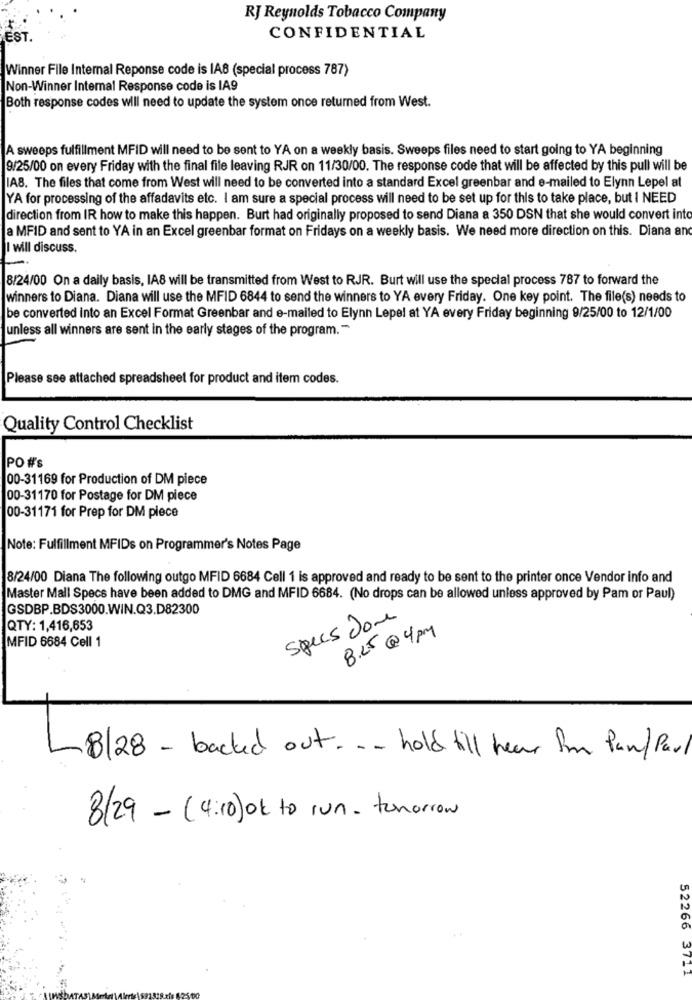
RJ Reynolds Tobacco Company
EST.
CONFIDENTIAL
Winner File Internal Reponse code is IA8 (special process 787)
Non-Winner Internal Response code is IA9
Both response codes will need to update the system once returned from West.
A sweeps fulfillment MFID will need to be sent to YA on a weekly basis. Sweeps files need to start going to YA beginning
9/25/00 on every Friday with the final file leaving RJR on 11/30/00. The response code that will be affected by this pull will be
IA8. The files that come from West will need to be converted into a standard Excel greenbar and e-mailed to Elynn Lepel at
YA for processing of the affadavits etc. I am sure a special process will need to be set up for this to take place, but I NEED
direction from IR how to make this happen. Burt had originally proposed to send Diana a 350 DSN that she would convert into
a MFID and sent to YA in an Excel greenbar format on Fridays on a weekly basis. We need more direction on this. Diana and
I will discuss.
8/24/00 On a daily basis, IA8 will be transmitted from West to RJR. Burt will use the special process 787 to forward the
winners to Diana. Diana will use the MFID 6844 to send the winners to YA every Friday. One key point. The file(s) needs to
be converted into an Excel Format Greenbar and e-mailed to Elynn Lepel at YA every Friday beginning 9/25/00 to 12/1/00
unless all winners are sent in the early stages of the program. "
Please see attached spreadsheet for product and item codes.
Quality Control Checklist
PO #'s
00-31169 for Production of DM piece
00-31170 for Postage for DM piece
00-31171 for Prep for DM piece
Note: Fulfillment MFIDs on Programmer's Notes Page
8/24/00 Diana The following outgo MFID 6684 Cell 1 is approved and ready to be sent to the printer once Vendor info and
Master Mall Specs have been added to DMG and MFID 6684. (No drops can be allowed unless approved by Pam or Paul)
GSDBP.BDS3000.WIN.Q3.D82300
Specs done
QTY: 1,416,653
MFID 6684 Cell 1
B.L5@4PM
8/28 - backed out ... hold till hear from Pan/ Paul
8/29 - (4:10)ok to run- tenorrow
52266 3711